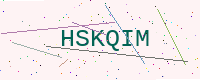
Text: HSKQIM